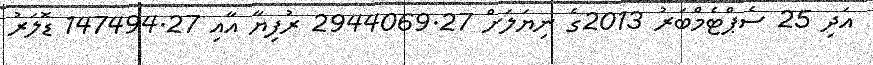
އަދި 25 ސެޕްޓެމްބަރު 2013ގެ ނިޔަލަށް 2944069.27 ރުފިޔާ އާއި 147494.27 ޑޮލަރު